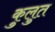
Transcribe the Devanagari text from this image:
कुलुत